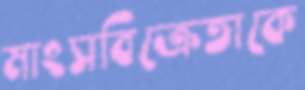
মাংসবিক্রেতাকে